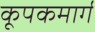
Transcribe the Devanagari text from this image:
कूपकमार्ग